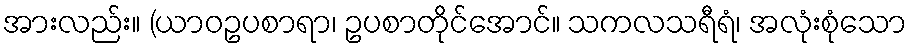
အားလည်း။ (ယာဝဥပစာရာ၊ ဥပစာတိုင်အောင်။ သကလသရီရံ၊ အလုံးစုံသော